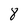
Character: 8